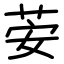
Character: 荌